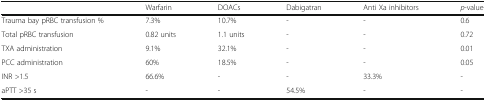
<table><thead><tr><td></td><td><b>Warfarin</b></td><td><b>DOACs</b></td><td><b>Dabigatran</b></td><td><b>Anti Xa inhibitors</b></td><td><b><i>p</i>-value</b></td></tr></thead><tbody><tr><td>Trauma bay pRBC transfusion %</td><td>7.3%</td><td>10.7%</td><td>-</td><td>-</td><td>0.6</td></tr><tr><td>Total pRBC transfusion</td><td>0.82 units</td><td>1.1 units</td><td>-</td><td>-</td><td>0.72</td></tr><tr><td>TXA administration</td><td>9.1%</td><td>32.1%</td><td>-</td><td>-</td><td>0.01</td></tr><tr><td>PCC administration</td><td>60%</td><td>18.5%</td><td>-</td><td>-</td><td>0.05</td></tr><tr><td>INR &gt;1.5</td><td>66.6%</td><td>-</td><td>-</td><td>33.3%</td><td>-</td></tr><tr><td>aPTT &gt;35 s</td><td>-</td><td>-</td><td>54.5%</td><td>-</td><td>-</td></tr></tbody></table>